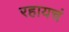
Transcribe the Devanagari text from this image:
रहायचं